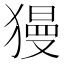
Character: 獌